Scottish Certificate of Education, 1962
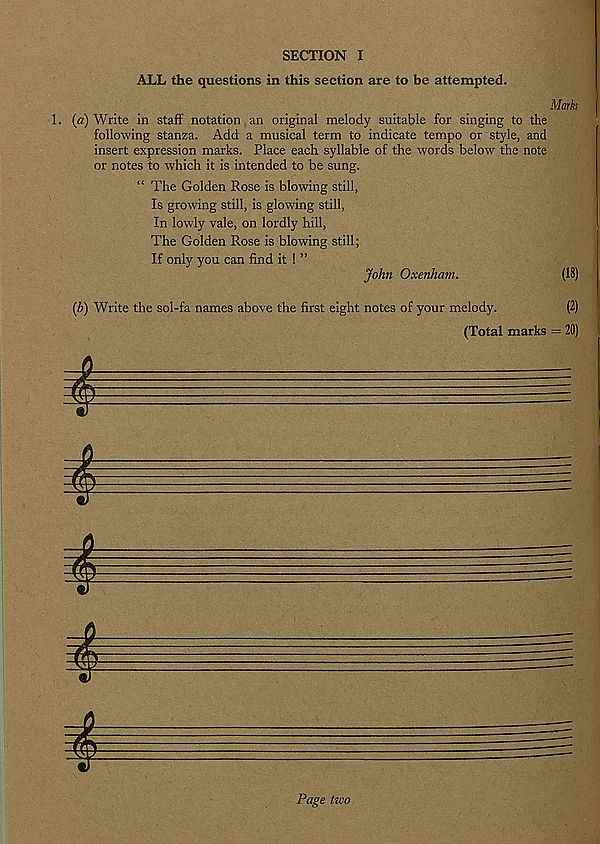
SECTION I
ALL the questions in this section are to be attempted.
Marks
1. (a) Write in staff notation,an original melody suitable for singing to the
following stanza. Add a musical term to indicate tempo or style, and
insert expression marks. Place each syllable of the words below the note
or notes to which it is intended to be sung.
“ The Golden Rose is blowing still,
Is growing still, is glowing still,
In lowly vale, on lordly hill,
The Golden Rose is blowing still;
If only you can find it ! ”
John Oxenham.
(18)
{b) Write the sol-fa names above the first eight notes of your melody.
(2)
(Total marks = 20)